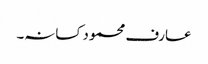
عارف محمود کسانہ۔